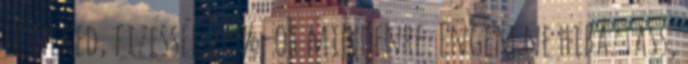
le neked, fizessél 27 %-ot mindenre. Engem ne hibáztass,